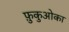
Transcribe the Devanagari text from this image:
फ़ुकुओका